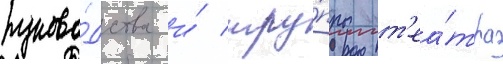
руково́дства и́ тру́ппы т'еа́тра